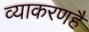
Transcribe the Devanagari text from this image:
व्याकरणहै